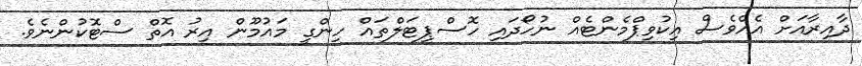
ދާއިރާއަށް އެއްވެސް އިކުވިޕްމެންޓެއް ނުހޯދައި ހޮސްޕިޓަލްތައް ހިންގީ މައުމޫން އިރު އޮތް ސްޓޮކުންނެވެ.